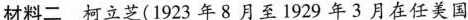
材料二 柯立芝(1923年8月至1929年3月在任美国